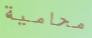
محامية